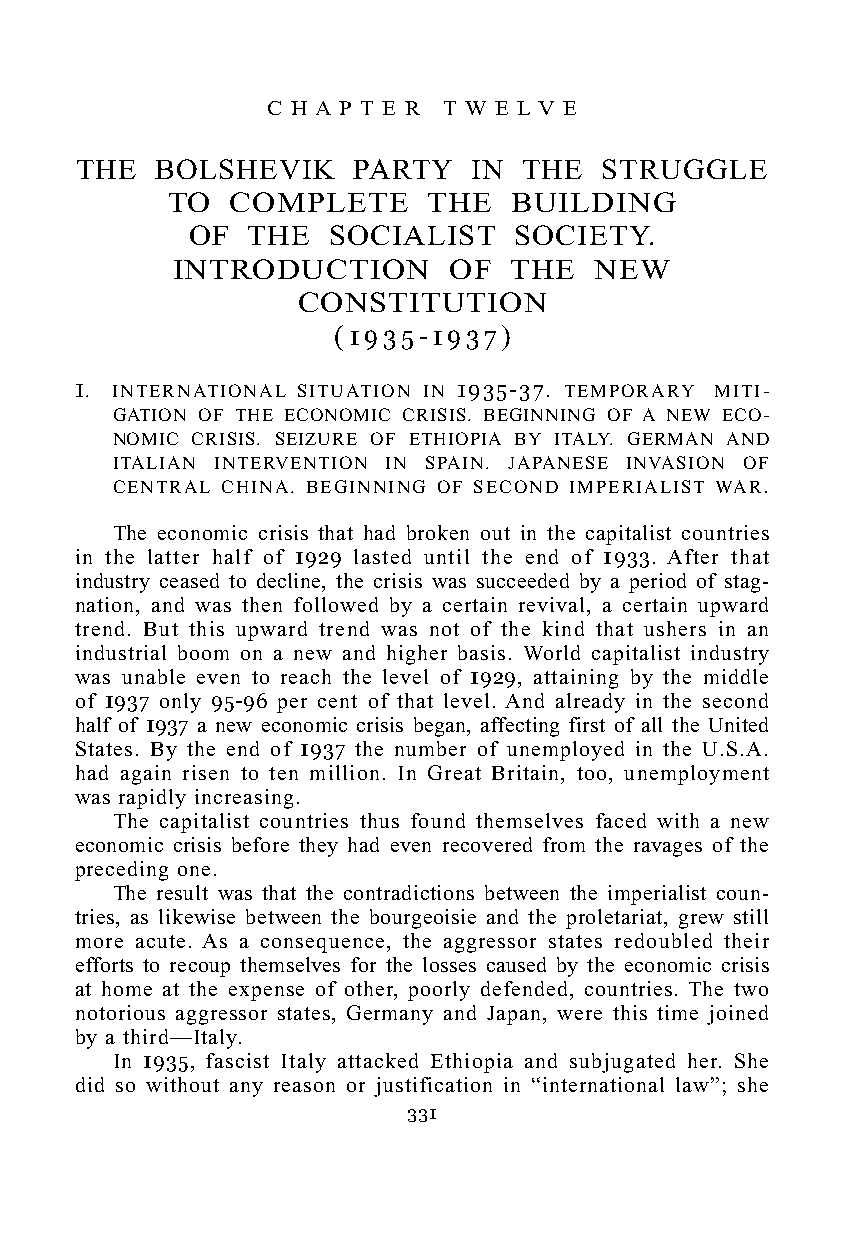
C H A P T E R T W E L V E
 THE  BOLSHEVIK    PARTY   IN  THE  STRUGGLE
 TO  COMPLETE     THE   BUILDING
 OF  THE   SOCIALIST   SOCIETY.
 INTRODUCTION       OF  THE  NEW
 CONSTITUTION
 ( 1 9 3 5 - 1 9 3 7 )
 1. INTERNATIONAL SITUATION IN 1935-37. TEMPORARY MITI-
 GATION OF THE ECONOMIC CRISIS. BEGINNING OF A NEW ECO-
 NOMIC CRISIS. SEIZURE OF ETHIOPIA BY ITALY. GERMAN AND
 ITALIAN INTERVENTION IN SPAIN. JAPANESE INVASION OF
 CENTRAL CHINA. BEGINNING OF SECOND IMPERIALIST WAR.
 The economic crisis that had broken out in the capitalist countries
 in the latter half of 1929 lasted until the end of 1933. After that
 industry ceased to decline, the crisis was succeeded by a period of stag-
 nation, and was then followed by a certain revival, a certain upward
 trend. But this upward trend was not of the kind that ushers in an
 industrial boom on a new and higher basis. World capitalist industry
 was unable even to reach the level of 1929, attaining by the middle
 of 1937 only 95-96 per cent of that level. And already in the second
 half of 1937 a new economic crisis began, affecting first of all the United
 States. By the end of 1937 the number of unemployed in the U.S.A.
 had again risen to ten million. In Great Britain, too, unemployment
 was rapidly increasing.
 The capitalist countries thus found themselves faced with a new
 economic crisis before they had even recovered from the ravages of the
 preceding one.
 The result was that the contradictions between the imperialist coun-
 tries, as likewise between the bourgeoisie and the proletariat, grew still
 more acute. As a consequence, the aggressor states redoubled their
 efforts to recoup themselves for the losses caused by the economic crisis
 at home at the expense of other, poorly defended, countries. The two
 notorious aggressor states, Germany and Japan, were this time joined
 by a third—Italy.
 In 1935, fascist Italy attacked Ethiopia and subjugated her. She
 did so without any reason or justification in “international law”; she
 331